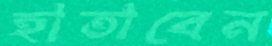
হাতাবেন